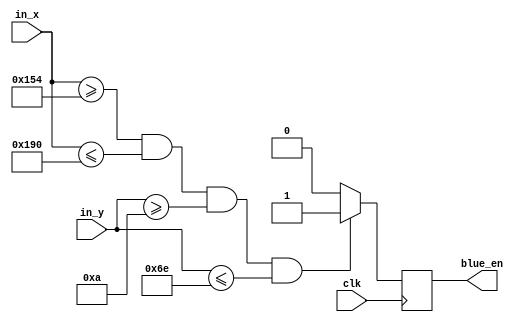
module BLUE_DRAW(
	input wire clk,

	input wire [10:0]in_x,
	input wire [9:0]in_y,

	
	output reg blue_en
	
	);
	
parameter[10:0] x1 = 11'd340;
parameter[10:0] x2 = 11'd400;
parameter[9:0] y1 = 10'd10;
parameter[9:0] y2 = 10'd110;


always @ (posedge clk)
	begin
		if ((in_x[10:0]>=x1)&&(in_x[10:0]<=x2)&&(in_y[9:0]>=y1)&&(in_y[9:0]<=y2))
				blue_en = 1;
		else
				blue_en = 0;
	end	
endmodule